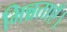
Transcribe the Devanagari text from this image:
भिन्नताएँ।